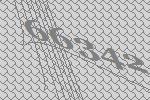
66342